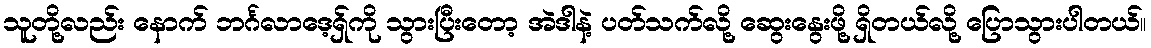
သူတို့လည်း နောက် ဘင်္ဂလာဒေ့ရှ်ကို သွားပြီးတော့ အဲဒါနဲ့ ပတ်သက်လို့ ဆွေးနွေးဖို့ ရှိတယ်လို့ ပြောသွားပါတယ်။